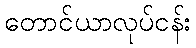
တောင်ယာလုပ်ငန်း